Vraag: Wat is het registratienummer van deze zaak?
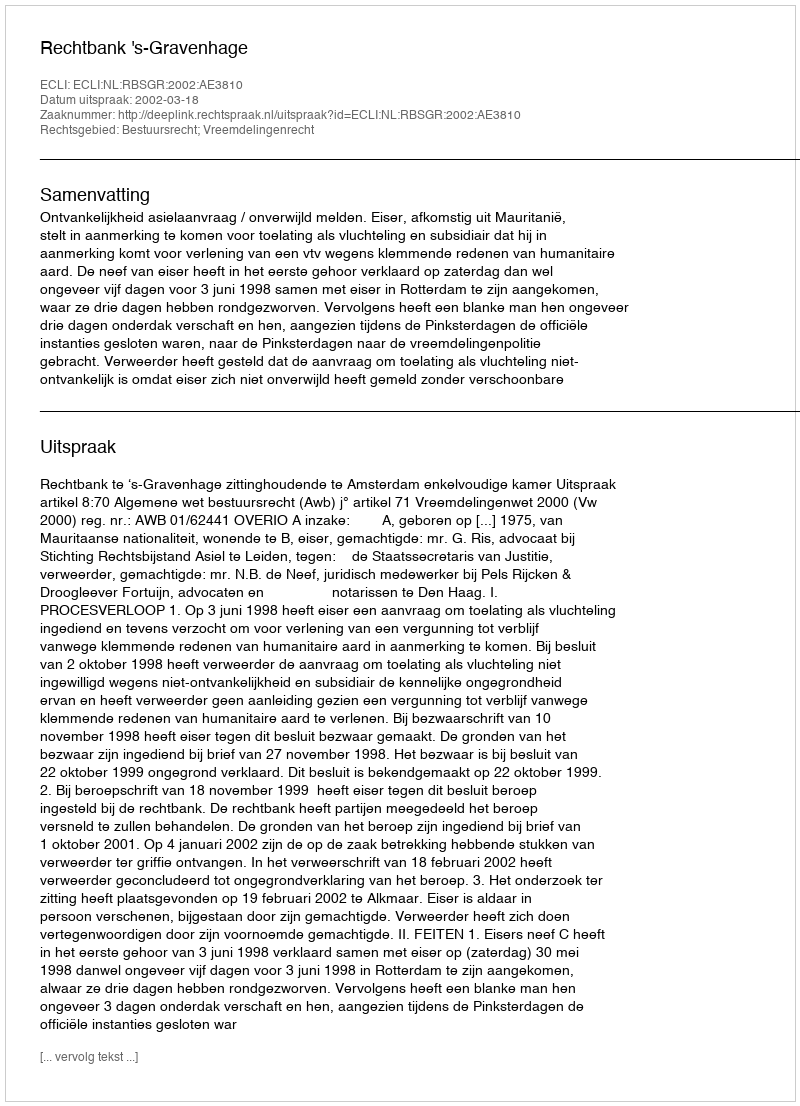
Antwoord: http://deeplink.rechtspraak.nl/uitspraak?id=ECLI:NL:RBSGR:2002:AE3810